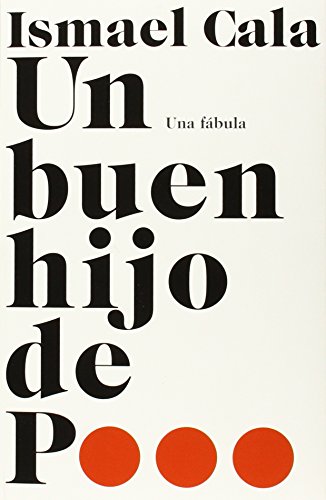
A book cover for Un buen hijo de p...: Una fÃ¡bula (Spanish Edition); Ismael Cala; Literature & Fiction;